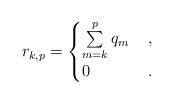
LaTeX: \begin{align*}r_{k, p} = \begin{cases}\sum\limits_{m=k}^p q_m & \, , \\0& \, .\end{cases}\end{align*}